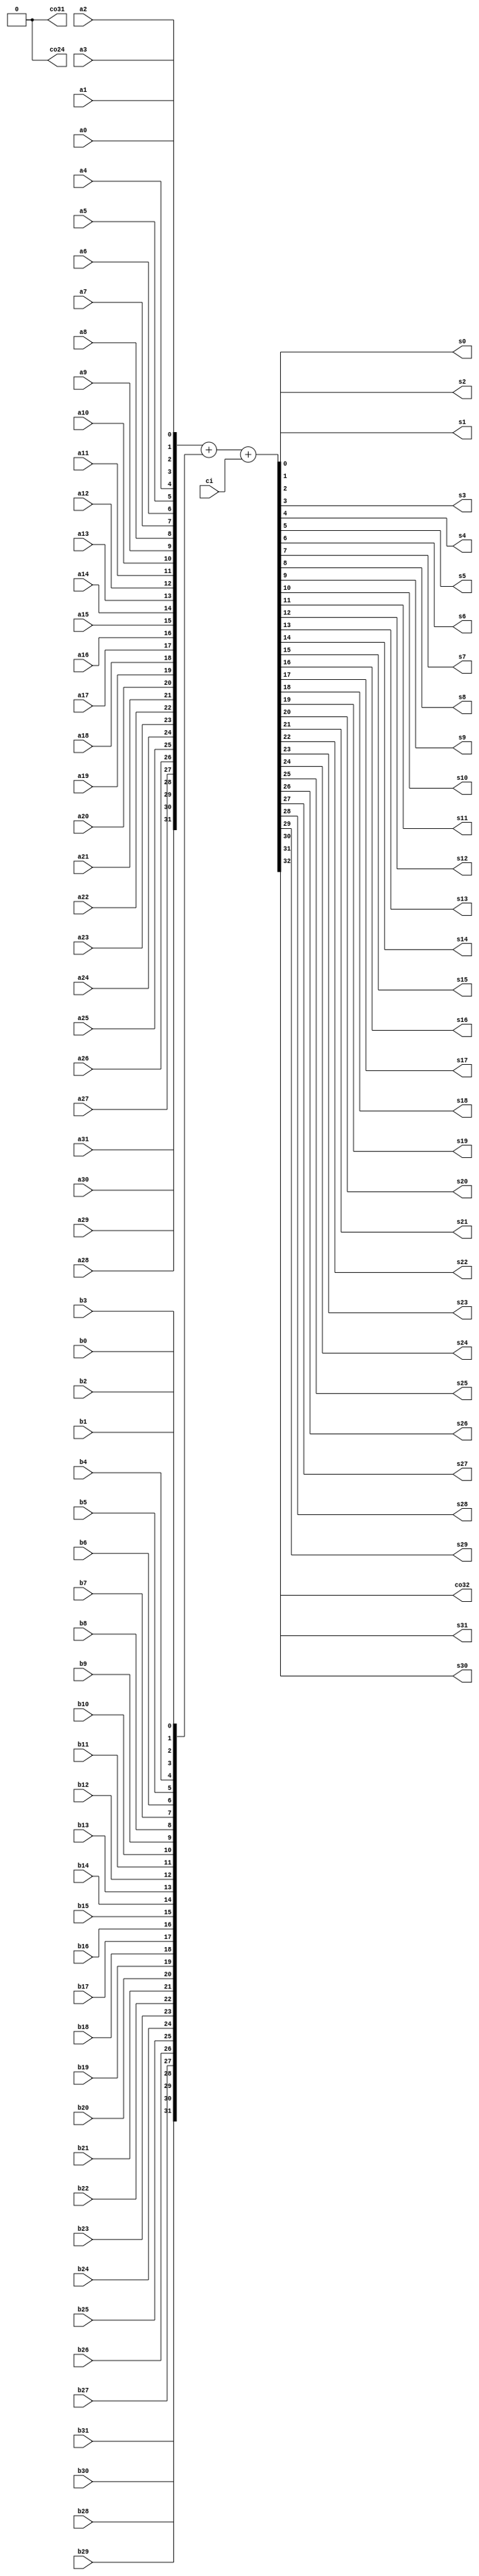
module fa32
(
	output	s0,
	output	s1,
	output	s2,
	output	s3,
	output	s4,
	output	s5,
	output	s6,
	output	s7,
	output	s8,
	output	s9,
	output	s10,
	output	s11,
	output	s12,
	output	s13,
	output	s14,
	output	s15,
	output	s16,
	output	s17,
	output	s18,
	output	s19,
	output	s20,
	output	s21,
	output	s22,
	output	s23,
	output	s24,
	output	s25,
	output	s26,
	output	s27,
	output	s28,
	output	s29,
	output	s30,
	output	s31,
	
	output	co32,
	output	co31,
	output	co24,
	
	input		ci,	
	
  input a0,
  input b0,
  input a1,
  input b1,
  input a2,
  input b2,
  input a3,
  input b3,
  input a4,
  input b4,
  input a5,
  input b5,
  input a6,
  input b6,
  input a7,
  input b7,
  input a8,
  input b8,
  input a9,
  input b9,
  input a10,
  input b10,
  input a11,
  input b11,
  input a12,
  input b12,
  input a13,
  input b13,
  input a14,
  input b14,
  input a15,
  input b15,
  input a16,
  input b16,
  input a17,
  input b17,
  input a18,
  input b18,
  input a19,
  input b19,
  input a20,
  input b20,
  input a21,
  input b21,
  input a22,
  input b22,
  input a23,
  input b23,
  input a24,
  input b24,
  input a25,
  input b25,
  input a26,
  input b26,
  input a27,
  input b27,
  input a28,
  input b28,
  input a29,
  input b29,
  input a30,
  input b30,
  input a31,
  input b31
);

wire [31:0] a;
wire [31:0] b;
wire [31:0] s;

assign a = {a31, a30, 
						a29, a28, a27, a26, a25, a24, a23, a22, a21, a20,
						a19, a18, a17, a16, a15, a14, a13, a12, a11, a10,
						a9, a8, a7, a6, a5, a4, a3, a2, a1, a0};
assign b = {b31, b30, 
						b29, b28, b27, b26, b25, b24, b23, b22, b21, b20,
						b19, b18, b17, b16, b15, b14, b13, b12, b11, b10,
						b9, b8, b7, b6, b5, b4, b3, b2, b1, b0};

assign s0 = s[0];
assign s1 = s[1];
assign s2 = s[2];
assign s3 = s[3];
assign s4 = s[4];
assign s5 = s[5];
assign s6 = s[6];
assign s7 = s[7];
assign s8 = s[8];
assign s9 = s[9];
assign s10 = s[10];
assign s11 = s[11];
assign s12 = s[12];
assign s13 = s[13];
assign s14 = s[14];
assign s15 = s[15];
assign s16 = s[16];
assign s17 = s[17];
assign s18 = s[18];
assign s19 = s[19];
assign s20 = s[20];
assign s21 = s[21];
assign s22 = s[22];
assign s23 = s[23];
assign s24 = s[24];
assign s25 = s[25];
assign s26 = s[26];
assign s27 = s[27];
assign s28 = s[28];
assign s29 = s[29];
assign s30 = s[30];
assign s31 = s[31];

assign {co32, s} = a + b + {31'b0000000_00000000_00000000_00000000, ci};

assign co31 = 1'b0; // Unused
assign co24 = 1'b0; // Unused

endmodule